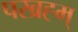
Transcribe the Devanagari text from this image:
परब्रह्म्